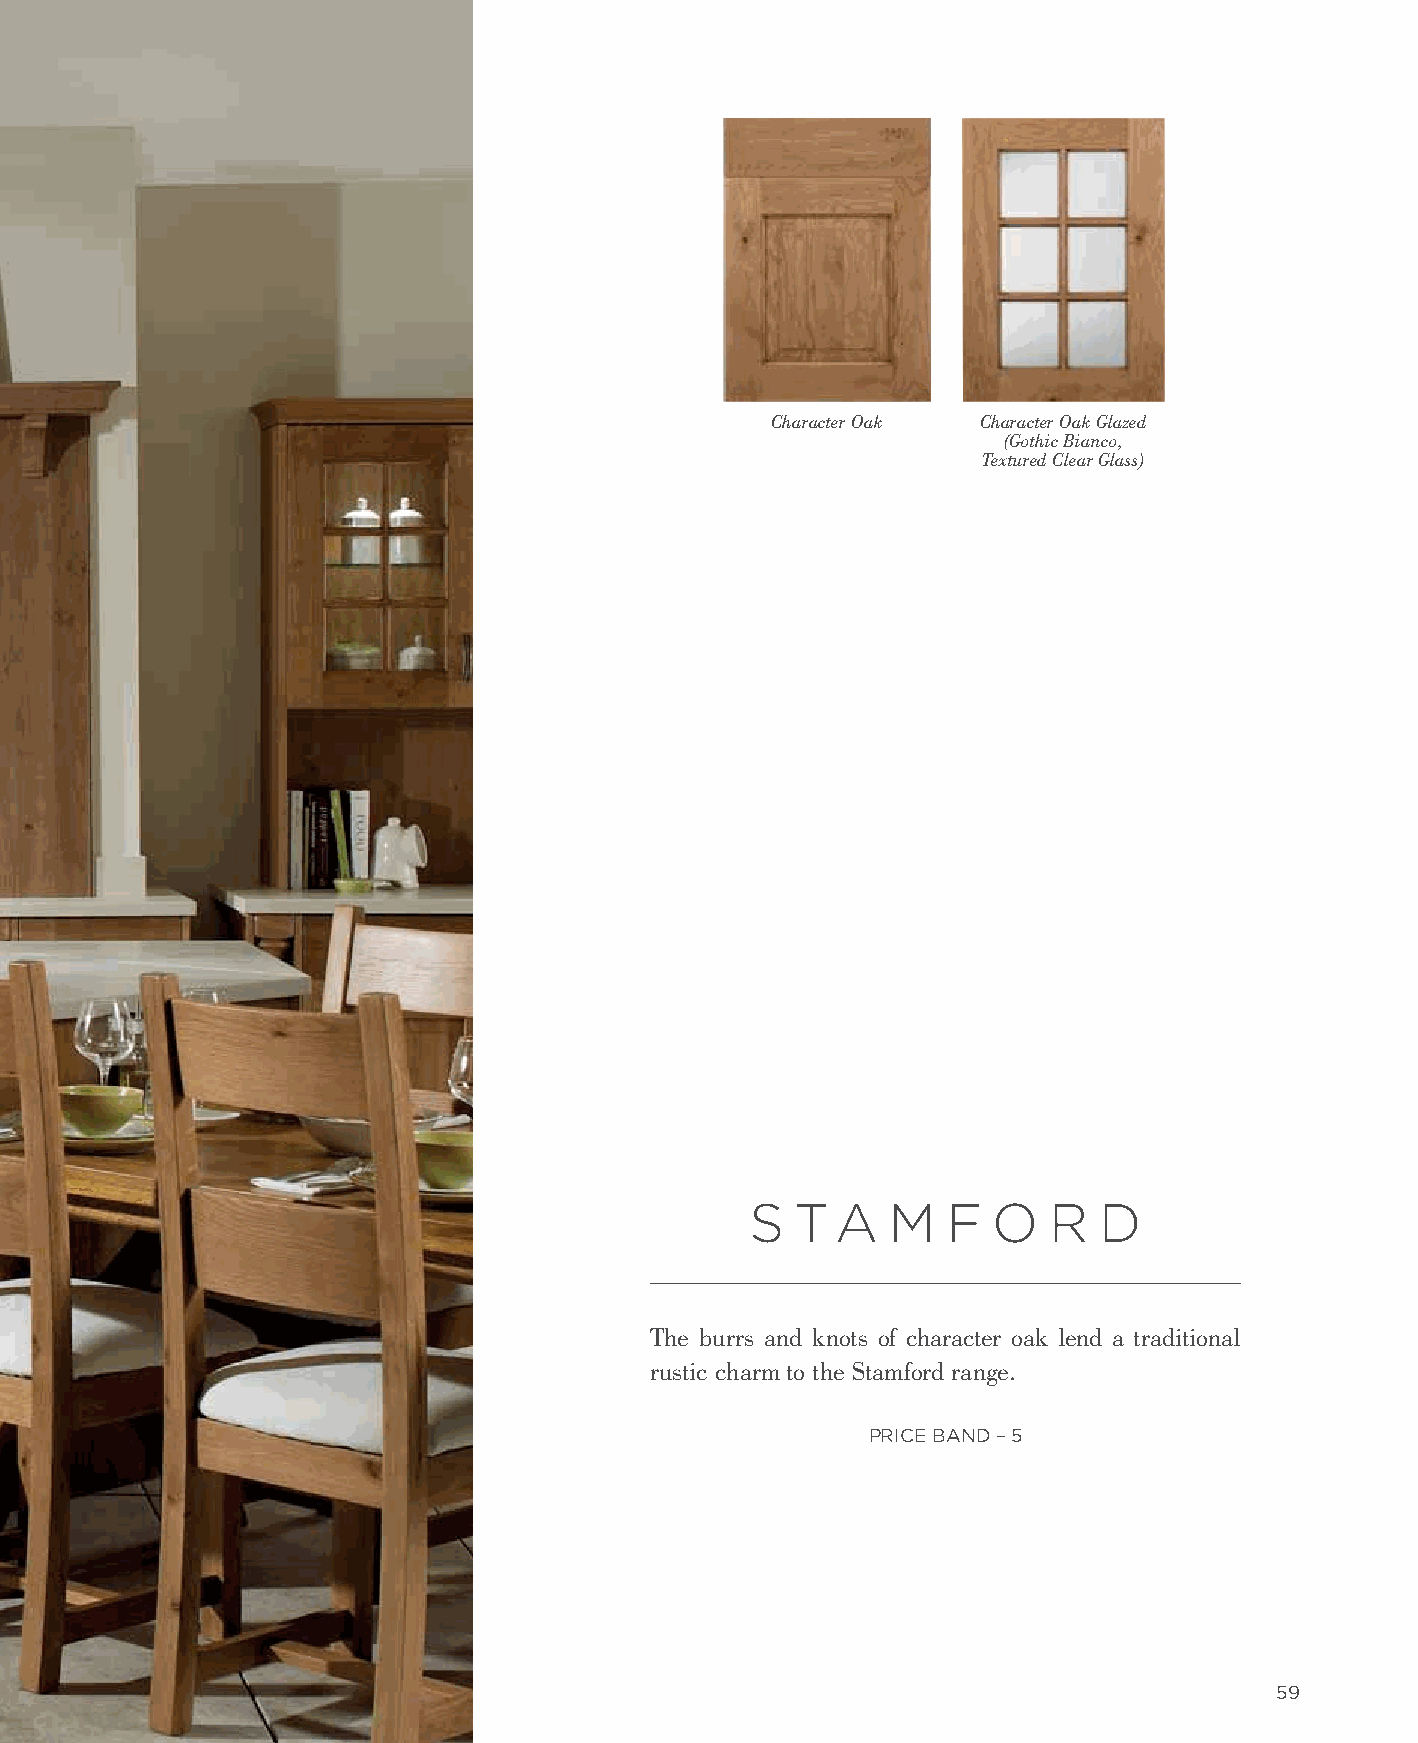
Character Oak Character Oak Glazed
 (Gothic Bianco,
 Textured Clear Glass)
 S  TA    M   F  O  R   D
 The burrs and knots of character oak lend a traditional
 rustic charm to the Stamford range.
 PRICE BAND – 5
 59